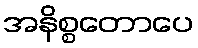
အနိစ္စတောပေ